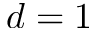
d = 1